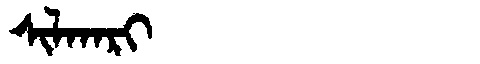
Manchu: ᠰᡳᠯᡴᠠᡵᡳ
Romanization: SILKARI